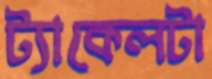
ট্যাকেলটা